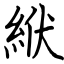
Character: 絥